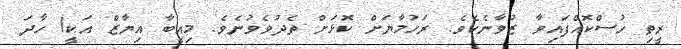
ރީތި ހުސްކޮއްފައިވާ ޒުވާނެކެވެ. ރަހުމާޔަށް ކޮޅަށް ތެދުވެވުނެވެ. މިއީބާ އިޔާޒް އަކީ! ހާދަ